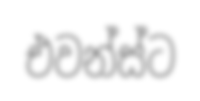
එවන්ස්ට